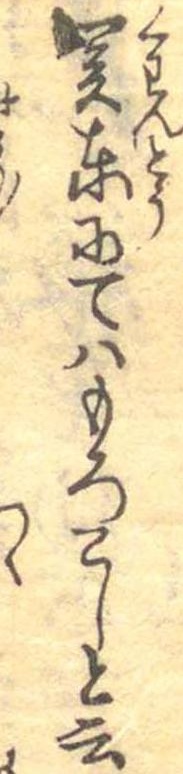
関東にてはもろこしと云